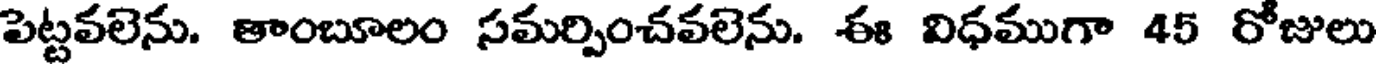
పెట్టవలెను. తాంబూలం సమర్పించవలెను. ఈ విధముగా 45 రోజులు